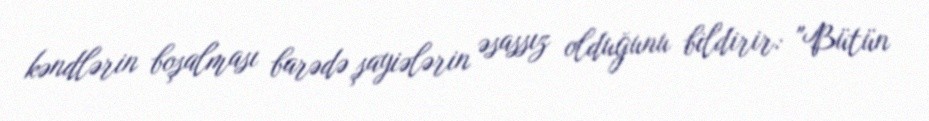
kəndlərin boşalması barədə şayiələrin əsassız olduğunu bildirir: "Bütün